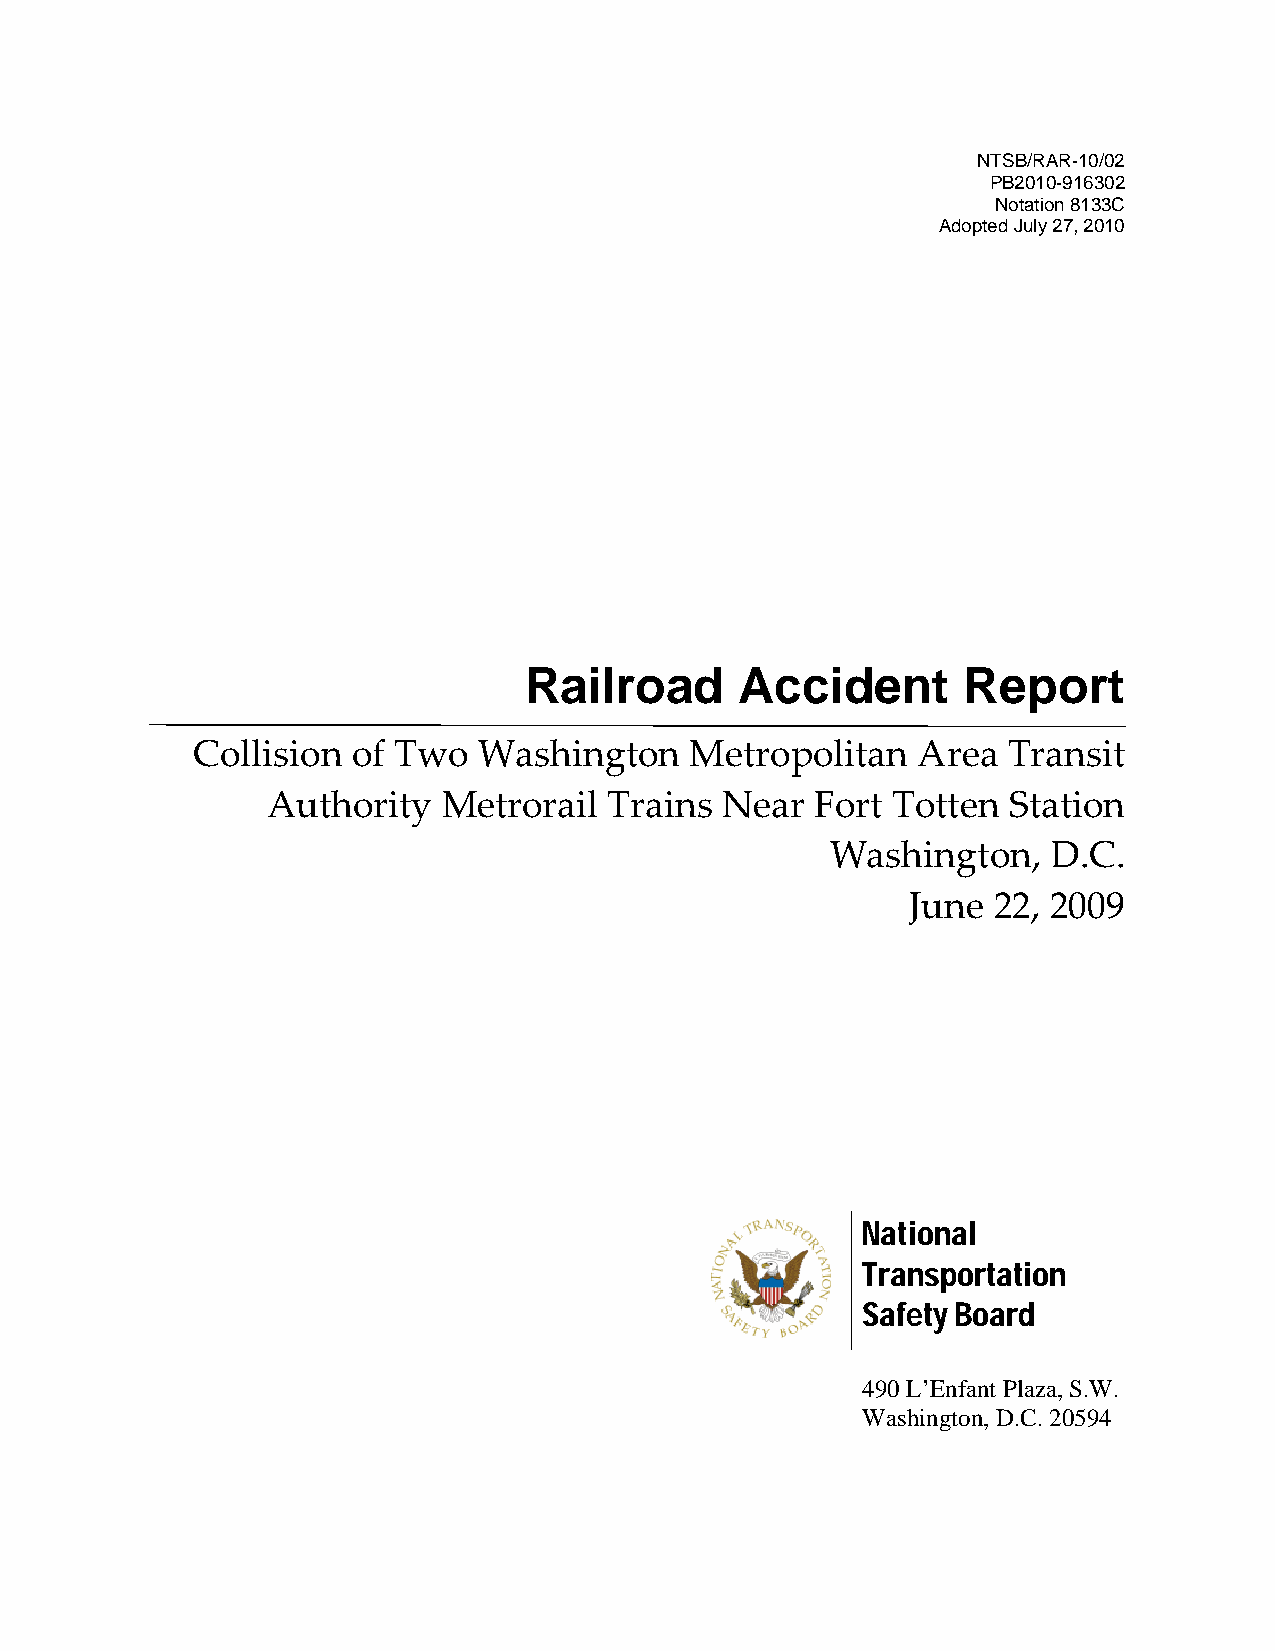
NTSB/RAR-10/02
 PB2010-916302
 Notation 8133C
 Adopted July 27, 2010
 Railroad      Accident       Report
 Collision of Two   Washington    Metropolitan   Area  Transit
 Authority  Metrorail  Trains  Near  Fort Totten  Station
 Washington,    D.C.
 June  22, 2009
 National
 Transportation
 Safety Board
 490 L’Enfant Plaza, S.W.
 Washington, D.C. 20594